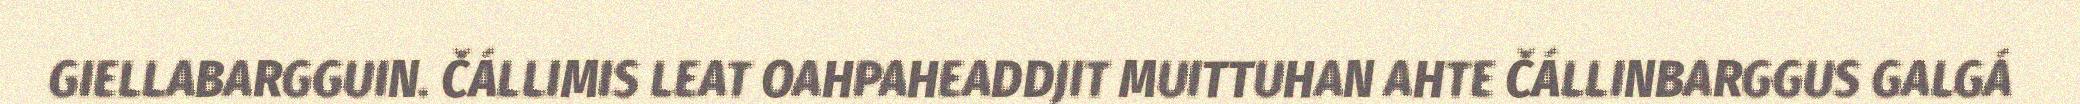
GIELLABARGGUIN. ČÁLLIMIS LEAT OAHPAHEADDJIT MUITTUHAN AHTE ČÁLLINBARGGUS GALGÁ